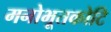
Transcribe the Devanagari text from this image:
मनोभूतकोटि